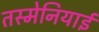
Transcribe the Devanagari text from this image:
तस्मेनियाई